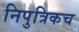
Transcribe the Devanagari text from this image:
निपुत्रिकच